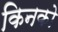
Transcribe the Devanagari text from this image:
किनको